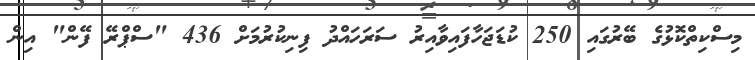
މިސްކިތްކޮޅުގެ ބޭރުގައި 250 ކުޑަޖަހާފައިވާއިރު ސަރަހައްދު ފިނިކުރުމަށް 436 "ސްޕްރޭ ފޭން" އިން